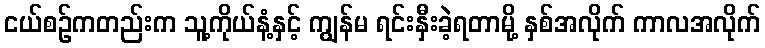
ငယ်စဉ်ကတည်းက သူ့ကိုယ်နံ့နှင့် ကျွန်မ ရင်းနှီးခဲ့ရတာမို့ နှစ်အလိုက် ကာလအလိုက်